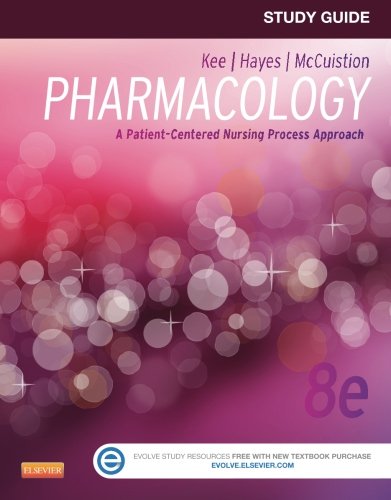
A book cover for Study Guide for Pharmacology: A Patient-Centered Nursing Process Approach, 8e; Linda E. McCuistion PhD  RN  ANP  CNS; Medical Books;